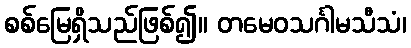
စစ်မြေရှိသည်ဖြစ်၍။ တမေဝသင်္ဂါမသီသံ၊